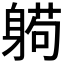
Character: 𰹂